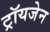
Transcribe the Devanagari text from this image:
ट्रॉयजेन